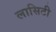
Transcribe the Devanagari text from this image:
लासिटी